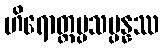
ဟိရောတ္တပ္ပသမ္ပန္နဿ